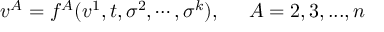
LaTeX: v ^ { A } = f ^ { A } ( v ^ { 1 } , t , \sigma ^ { 2 } , \cdots , \sigma ^ { k } ) , \; \; \; \; \; A = 2 , 3 , . . . , n